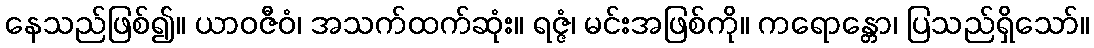
နေသည်ဖြစ်၍။ ယာဝဇီဝံ၊ အသက်ထက်ဆုံး။ ရဇ္ဇံ၊ မင်းအဖြစ်ကို။ ကရောန္တော၊ ပြသည်ရှိသော်။